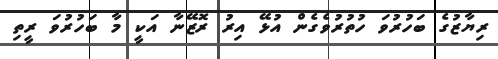
ރިޔާޒުގެ ބަހުރުވަ ހުތުރުވެގެން އުޅޭ އިރު ރޮޒޭނާ އަކީ މާ ބަހުރުވަ ރީތި